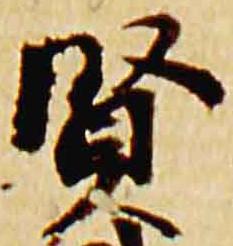
賢